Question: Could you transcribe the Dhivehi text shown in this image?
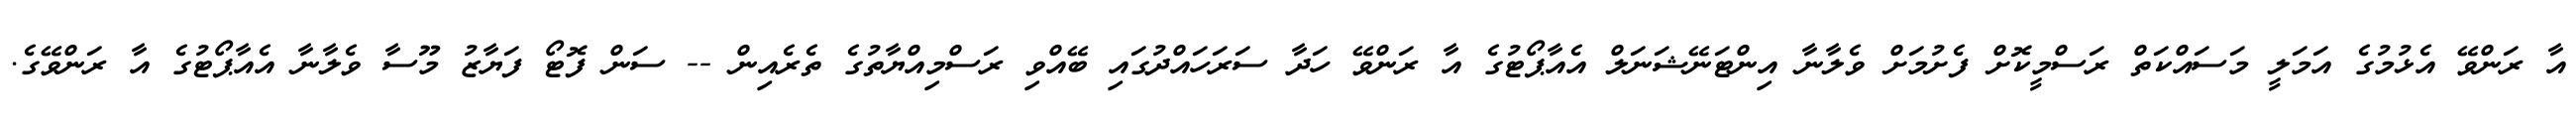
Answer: އާ ރަންވޭ އެޅުމުގެ އަމަލީ މަސައްކަތް ރަސްމީކޮށް ފެށުމަށް ވެލާނާ އިންޓަނޭޝަނަލް އެއާޕޯޓުގެ އާ ރަންވޭ ހަދާ ސަރަހައްދުގައި ބޭއްވި ރަސްމިއްޔާތުގެ ތެރެއިން -- ސަން ފޮޓޯ ފަޔާޒު މޫސާ ވެލާނާ އެއާޕޯޓުގެ އާ ރަންވޭގެ.